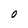
Character: O